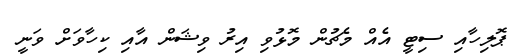
ޕޮލިހާއި ސިޓީ އެއް މެޗުން މޮޅުވި އިރު ވިޝަން އާއި ކިހާވަށް ވަނީ